Annual vaccination report of Bihar and Orissa - 1911-1928
Year: 1911
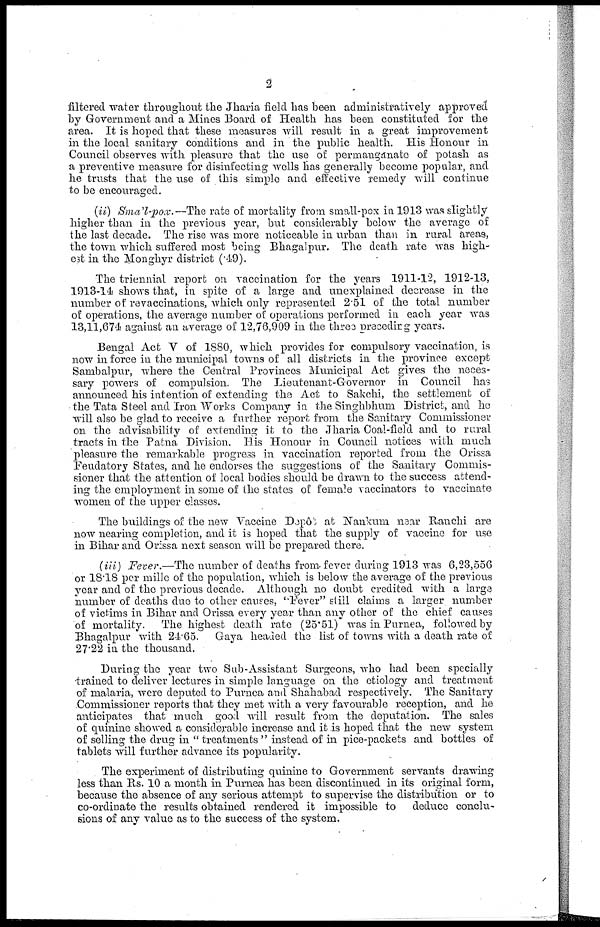
2
filtered water throughout the Jharia field has been administratively approved
by Government and a Mines Board of Health has been constituted for the
area. It is hoped that these measures will result in a great improvement
in the local sanitary conditions and in the public health. His Honour in
Council observes with pleasure that the use of permanganate of potash as
a preventive measure for disinfecting wells has generally become popular, and
he trusts that the use of this single and effective remedy will continue
to be encouraged.
(ii) Small-pox.—The rate of mortality from small-pox in 1913 was slightly
higher than in the previous year, but considerably below the average of
the last decade. The rise was more noticeable in urban than in rural areas,
the town which suffered most being Bhagalpur. The death rate was high-
est in the Monghyr district (.49).
The triennial report on vaccination for the years 1911-12, 1912-13,
1913-14 shows that, in spite of a large and unexplained decrease in the
number of revaccinations, which only represented 2.51 of the total number
of operations, the average number of operations performed in each year was
13,11,674 against an average of 12,76,909 in the three preceding years.
Bengal Act V of 1880, which provides for compulsory vaccination, is
now in force in the municipal towns of all districts in the province except
Sambalpur, where the Central Provinces Municipal Act gives the neces-
sary powers of compulsion. The Lieutenant-Governor in Council has
announced his intention of extending the Act to Sakchi, the settlement of
the Tata Steel and Iron Works Company in the Singhbhum District, and he
will also be glad to receive a further report from the Sanitary Commissioner
on the advisability of extending it to the Jharia Coal-field and to rural
tracts in the Patna Division. His Honour in Council notices with much
pleasure the remarkable progress in vaccination reported from the Orissa
Feudatory States, and he endorses the suggestions of the Sanitary Commis-
sioner that the attention of local bodies should be drawn to the success attend-
ing the employment in some of the states of female vaccinators to vaccinate
women of the upper classes.
The buildings of the new Vaccine Dopôt at Nankum near Ranchi are
now nearing completion, and it is hoped that the supply of vaccine for use
in Bihar and Orissa next season will be prepared there.
(iii) Fever.—The number of deaths from fever during 1913 was 6,23,556
or 18.18 per mille of the population, which is below the average of the previous
year and of the previous decade. Although no doubt credited with a large
number of deaths due to other causes, "Fever" still claims a larger number
of victims in Bihar and Orissa every year than any other of the chief causes
of mortality. The highest death rate (25.51) was in Purnea, followed by
Bhagalpur with 24.65. Gaya headed the list of towns with a death rate of
27.22 in the thousand.
During the year two Sub-Assistant Surgeons, who had been specially
trained to deliver lectures in simple language on the etiology and treatment
of malaria, were deputed to Purnea and Shahabad respectively. The Sanitary
Commissioner reports that they met with a very favourable reception, and he
anticipates that much good will result from the deputation. The sales
of quinine showed a considerable increase and it is hoped that the new system
of selling the drug in " treatments " instead of in pice-packets and bottles of
tablets will further advance its popularity.
The experiment of distributing quinine to Government servants drawing
less than Rs. 10 a month in Purnea has been discontinued in its original form,
because the absence of any serious attempt to supervise the distribution or to
co-ordinate the results obtained rendered it impossible to deduce conclu-
sions of any value as to the success of the system.